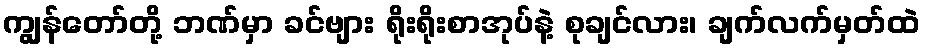
ကျွန်တော်တို့ ဘဏ်မှာ ခင်ဗျား ရိုးရိုးစာအုပ်နဲ့ စုချင်လား၊ ချက်လက်မှတ်ထဲ